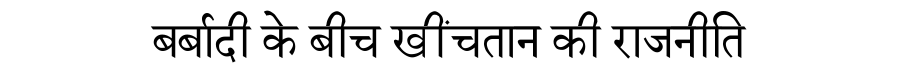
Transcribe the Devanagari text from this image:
बर्बादी के बीच खींचतान की राजनीति